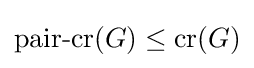
{\text{pair-cr}}(G)\leq {\text{cr}}(G)